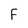
Character: F